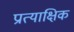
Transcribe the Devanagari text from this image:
प्रात्याक्षिक